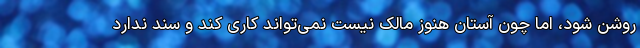
روشن شود، اما چون آستان هنوز مالک نیست نمی‌تواند کاری کند و سند ندارد